NAE_kihelkonnakohtute_kirjad_ja_protokollid_1869-1889, lk 5
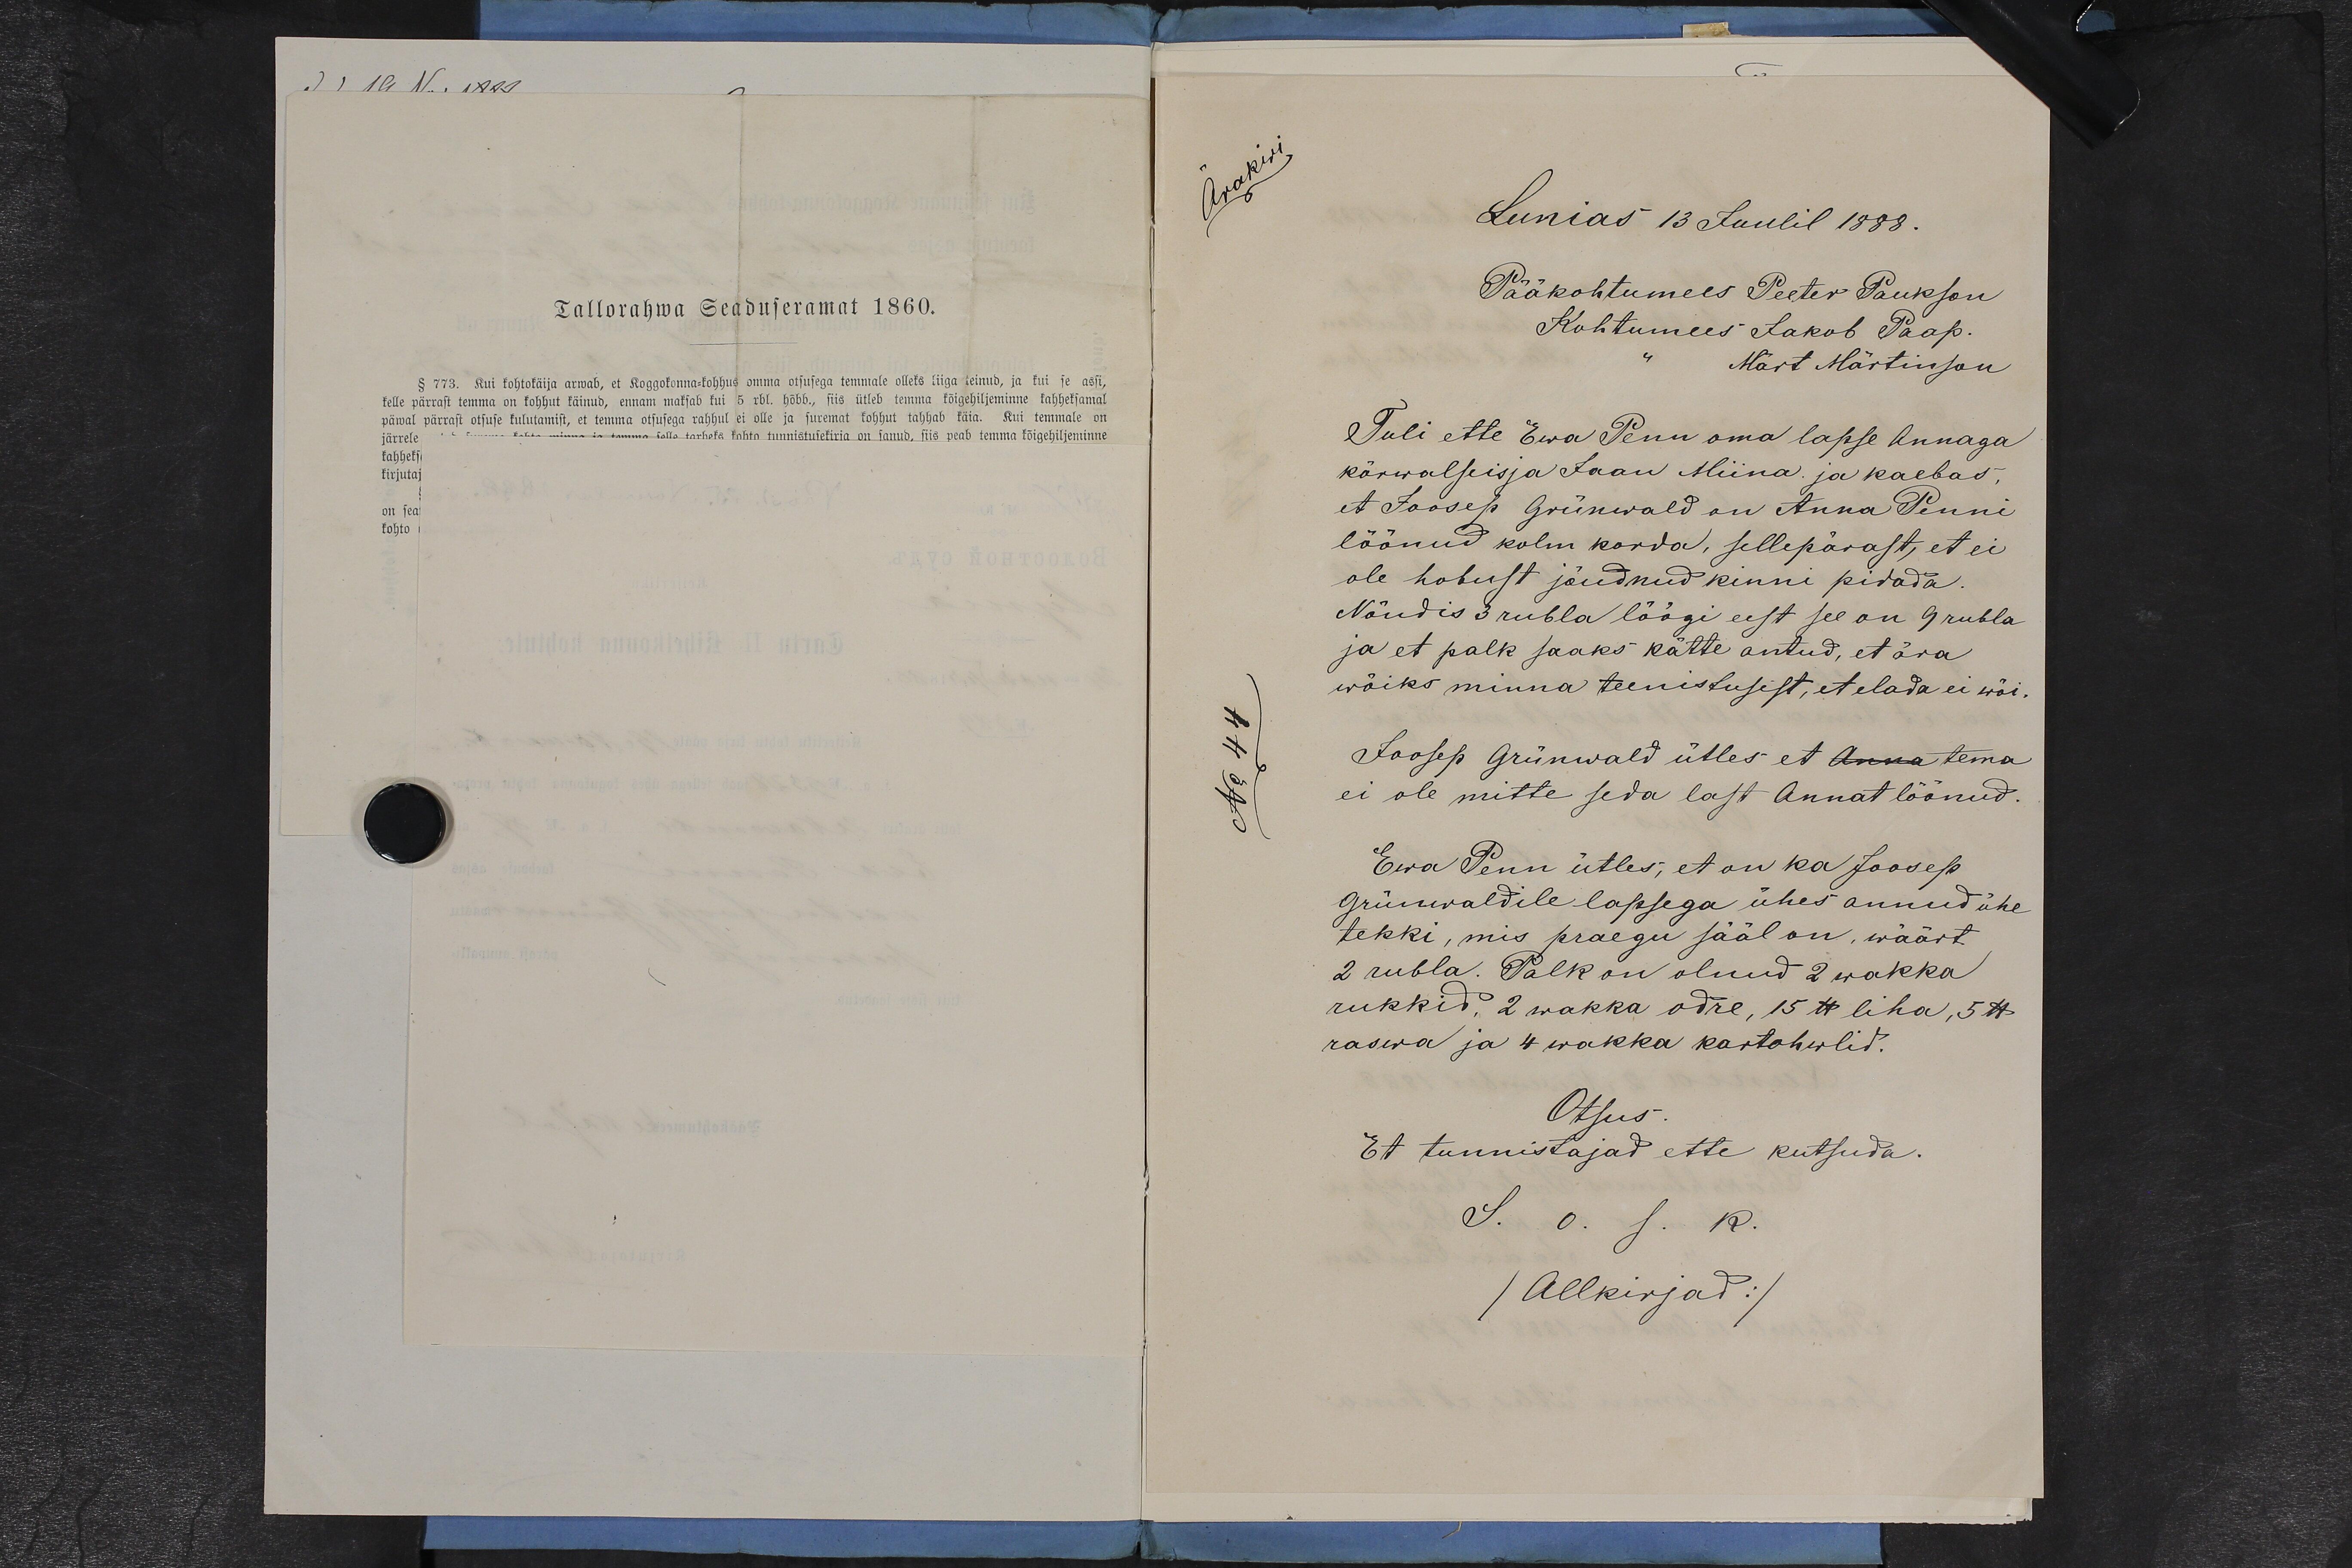
Tallorahwa Seaduseramat 1860.

Ärakiri

Lunias 13 Juulil 1888.
Tuli ette Ewa Penu oma lapse Annaga
kõrwalseisja Jaan Miina ja kaebas,
et Joosep Grünwald on Anna Penni
löönud kolm korda, sellepärast, et ei
ole hobust jõudnud kinni pidada
Nõudis 3 rubla löögi eest see on 9 rubla
ja et palk saaks kätte antud, et ära
wõiks minna teenistusist, et elada ei wõi.
Joosep Grünwald ütles et Anna tema
ei ole mitte seda last Annat löönud.
Ewa Penn ütles, et on ka Joosep
Grünwaldile lapsega ühes annud ühe
tekki, mis praegu sääl on, wäärt
2 rubla. Palk on olnud 2 wakka
rukkid, 2 wakka odre, 15 naela liha, 5 naela
raswa ja 4 wakka kartohwlid.
Otsus
Et tunnistajad ette kutsuda.